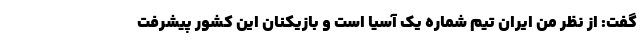
گفت: از نظر من ایران تیم شماره یک آسیا است و بازیکنان این کشور پیشرفت